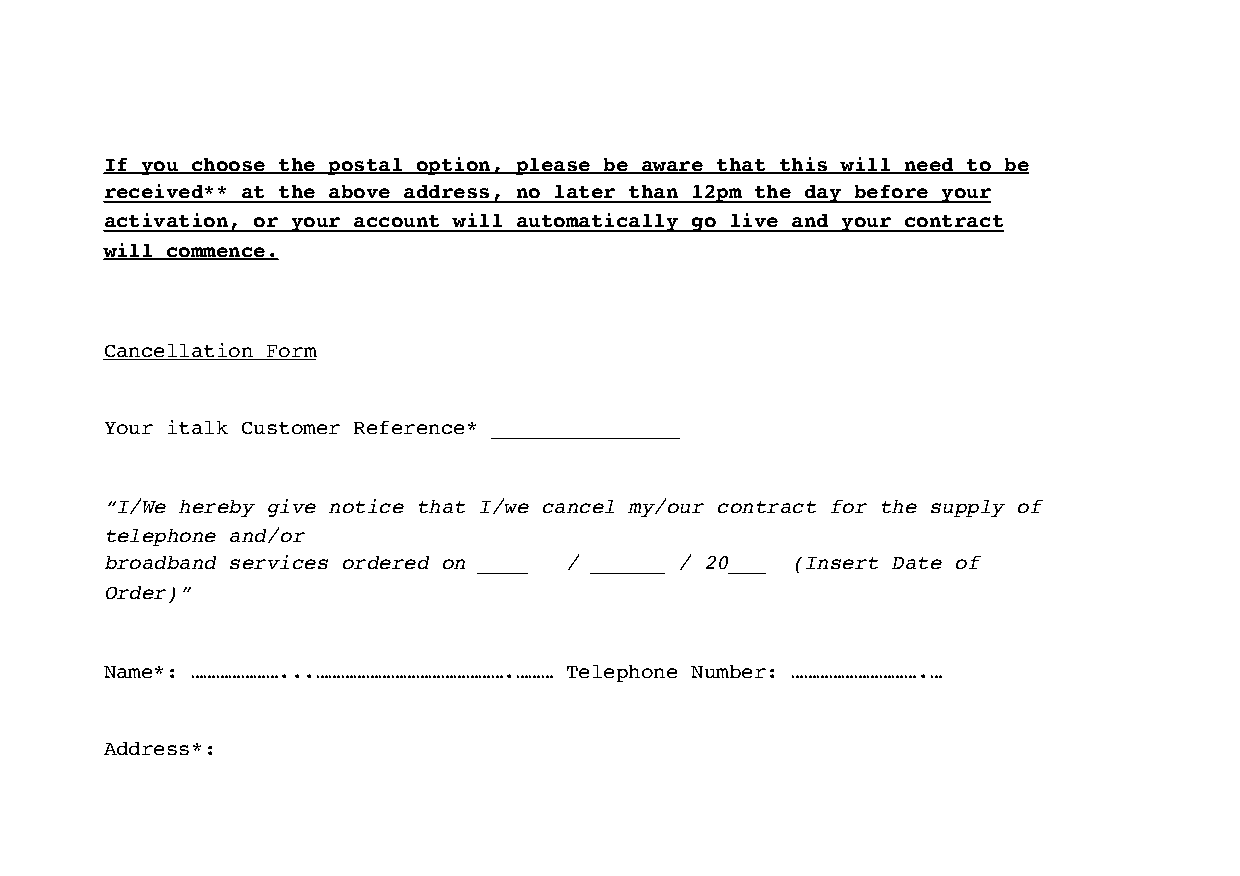
If you choose the postal option, please be aware that this will need to be
 received** at the above address, no later than 12pm the day before your
 activation, or your account will automatically go live and your contract
 will commence.
 Cancellation Form
 Your italk Customer Reference* _______________
 “I/We hereby give notice that I/we cancel my/our contract for the supply of
 telephone and/or
 broadband services ordered on ____ / ______ / 20___ (Insert Date of
 Order)”
 Name*: …………………...……………………………………….……… Telephone Number: ………………………….…
 Address*: